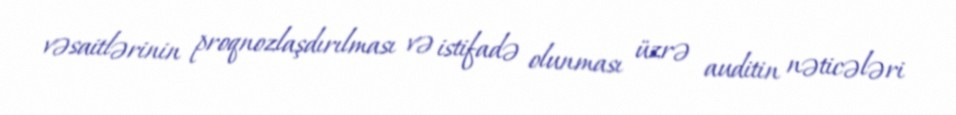
vəsaitlərinin proqnozlaşdırılması və istifadə olunması üzrə auditin nəticələri